Annual report of the Punjab Veterinary College and of the Civil Veterinary Department, Punjab - 1926-1932
Year: 1926
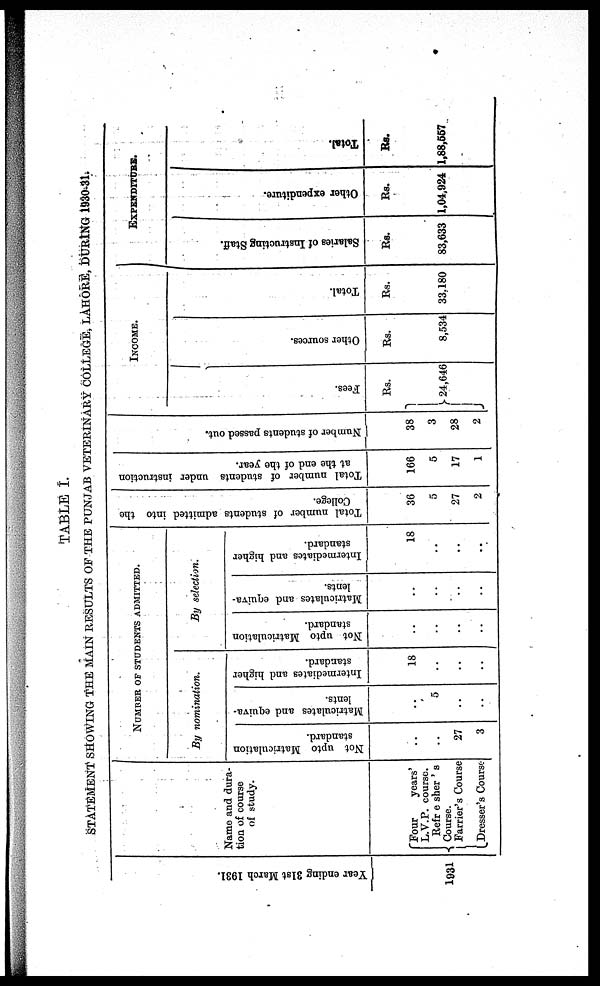
TABLE I.
STATEMENT SHOWING THE MAIN RESULTS OF THE PUNJAB VETERINARY COLLEGE, LAHORE, DURING 1930-31.
Year endi ng 31st Ma r c h 1931.
1931
Name and dura-
tion of course
of study.
Four
years'
L.V.P. course.
Refr e sher ' s
Course.
Farrier's Course
Dresser's Course
NUMBER OF STUDENTS ADMITTED.
By nomination.
Not upto Matriculation
standard.
..
..
..
27
3
Matriculates and equiva-
lents.
..
..
5
..
..
Intermediates and higher
standard.
18
..
..
..
By selection.
Not upto Matriculation
standard.
..
..
..
..
Matriculates and equiva-
lents.
..
..
..
..
Intermediates and higher
standard.
18
..
..
..
Total number of students admitted into the
College.
36
5
27
2
Total number of students under instruction
at the end of the year.
166
5
17
1
Number of students passed out.
38
3
28
2
INCOME.
Fees.
Rs.
..
..
24,646
..
..
Ot her sources.
Rs.
..
..
8,534
..
..
Total.
Rs.
..
..
33,180
..
..
EXPENDITURE.
Sal ari es of I n s t r u c t i n g St af f .
Rs.
..
..
83,633
..
..
Ot her expenditure.
Rs.
..
..
1,04,924
..
..
Tot al .
Rs.
..
..
1,88,557
..
..